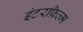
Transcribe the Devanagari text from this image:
इंटरफ़िल्म